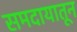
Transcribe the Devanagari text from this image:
समदायातून